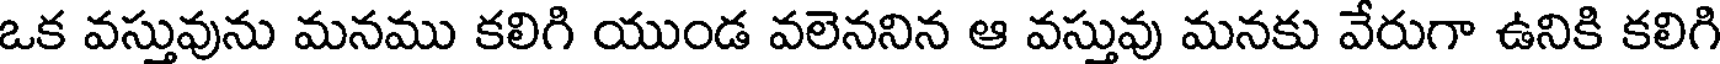
ఒక వస్తువును మనము కలిగి యుండ వలెననిన ఆ వస్తువు మనకు వేరుగా ఉనికి కలిగి